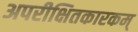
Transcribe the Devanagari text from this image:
अपरीक्षितकारकम्